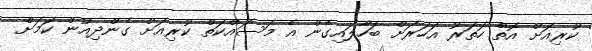
ކުރިއަށް އޮތް ހަތަރު އަހަރަށް ބަހާލައިގެން އެ މަސައްކަތް ކުރިއަށް ގެންދިއުން ކަމަށް